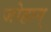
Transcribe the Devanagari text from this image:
जोहान्